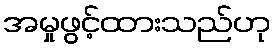
အမှုဖွင့်ထားသည်ဟု